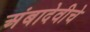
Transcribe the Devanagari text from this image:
अंबादेवीचे